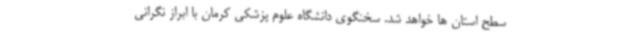
سطح استان ها خواهد شد. سخنگوی دانشگاه علوم پزشکی کرمان با ابراز نگرانی